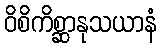
ဝိစိကိစ္ဆာနုသယာနံ